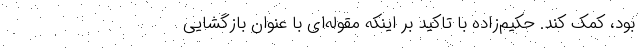
بود، کمک کند. حکیم‌زاده با تاکید بر اینکه مقوله‌ای با عنوان بازگشایی